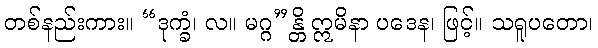
တစ်နည်းကား။ “ဒုက္ခံ၊ လ။ မဂ္ဂ”န္တိ ဣမိနာ ပဒေန၊ ဖြင့်။ သရူပတော၊